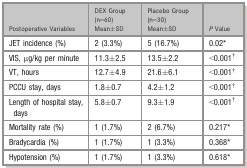
<table><thead><tr><td><b>Postoperative Variables</b></td><td><b>DEX Group (n=60) Mean±SD</b></td><td><b>Placebo Group (n=30) Mean±SD</b></td><td><b><i>P</i> Value</b></td></tr></thead><tbody><tr><td>JET incidence (%)</td><td>2 (3.3%)</td><td>5 (16.7%)</td><td>0.02a</td></tr><tr><td>VIS, μg/kg per minute</td><td>11.3±2.5</td><td>13.5±2.2</td><td>&lt;0.001b</td></tr><tr><td>VT, hours</td><td>12.7±4.9</td><td>21.6±6.1</td><td>&lt;0.001b</td></tr><tr><td>PCCU stay, days</td><td>1.8±0.7</td><td>4.2±1.2</td><td>&lt;0.001b</td></tr><tr><td>Length of hospital stay, days</td><td>5.8±0.7</td><td>9.3±1.9</td><td>&lt;0.001b</td></tr><tr><td>Mortality rate (%)</td><td>1 (1.7%)</td><td>2 (6.7%)</td><td>0.217a</td></tr><tr><td>Bradycardia (%)</td><td>1 (1.7%)</td><td>1 (3.3%)</td><td>0.368a</td></tr><tr><td>Hypotension (%)</td><td>1 (1.7%)</td><td>1 (3.3%)</td><td>0.618a</td></tr></tbody></table>